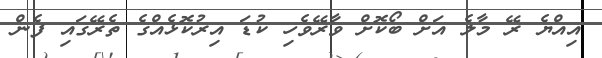
އިއްޔެ ރޭ މާލެ އަށް ބޯކޮށް ވާރޭވެހި ކުޑަ އިރުކޮޅެއްގެ ތެރޭގައި ފެން